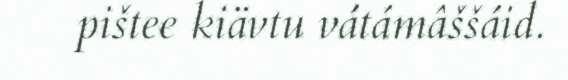
pištee kiävtu vátámâššáid.